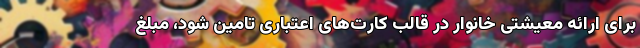
برای ارائه معیشتی خانوار در قالب کارت‌های اعتباری تامین شود، مبلغ